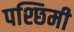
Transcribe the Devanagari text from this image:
पश्छिमी